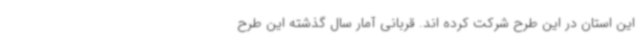
این استان در این طرح شرکت کرده اند. قربانی آمار سال گذشته این طرح